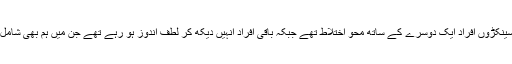
وہاں سینکڑوں افراد ایک دوسرے کے ساتھ محو اختلاط تھے جبکہ باقی افراد انہیں دیکھ کر لطف اندوز ہو رہے تھے جن میں ہم بھی شامل تھے۔